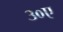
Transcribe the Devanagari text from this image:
३०ए